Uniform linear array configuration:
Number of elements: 24
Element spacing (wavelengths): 0.25
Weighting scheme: hamming
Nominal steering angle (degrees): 15
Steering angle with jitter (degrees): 14.964
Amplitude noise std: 0.05
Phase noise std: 0.05

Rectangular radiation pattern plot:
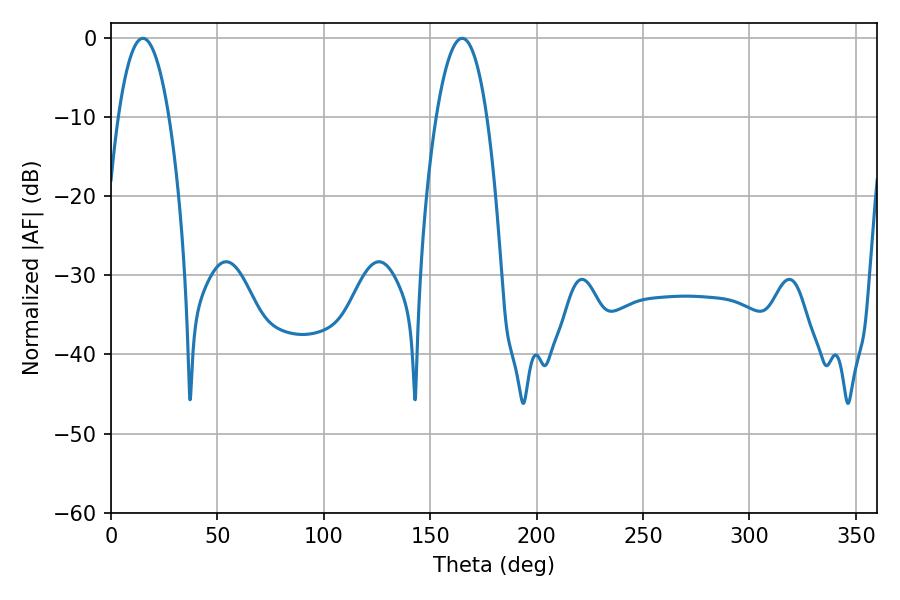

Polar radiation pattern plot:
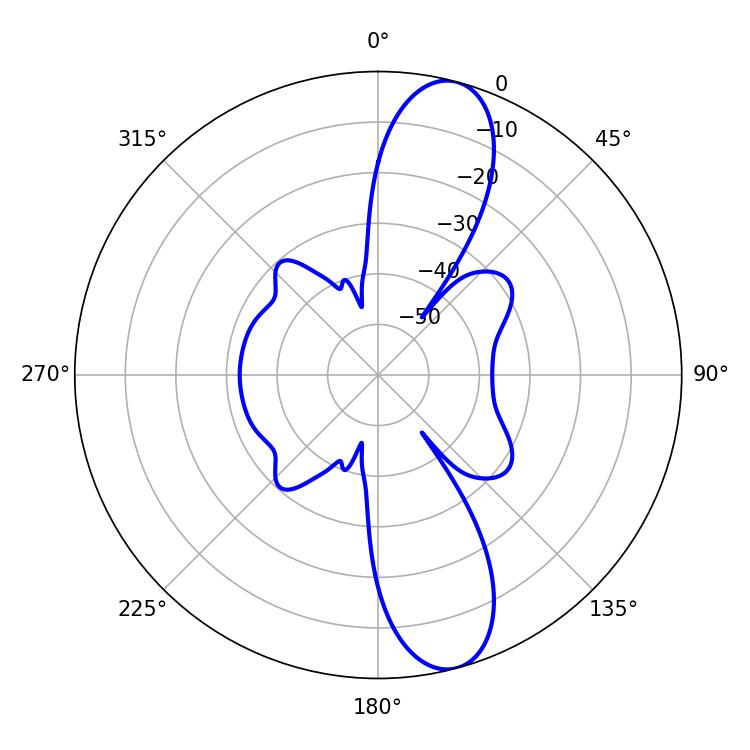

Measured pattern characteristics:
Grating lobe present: FALSE
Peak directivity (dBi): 11.931
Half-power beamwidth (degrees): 13.32
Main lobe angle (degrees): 14.94